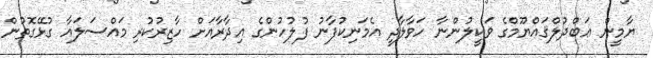
ޔާމީން ޢަބްދުލްޤައްޔޫމްގެ ވަކީލުންނާ ހަވާލާދީ އެމަނިކުފާނު ފުލުހުންގެ އިދާރާއަށް ހާޒިރުކުރި މައްސަލައާ ގުޅޭގޮތުން